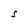
Character: S